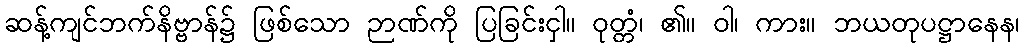
ဆန့်ကျင်ဘက်နိဗ္ဗာန်၌ ဖြစ်သော ဉာဏ်ကို ပြခြင်းငှါ။ ဝုတ္တံ၊ ၏။ ဝါ၊ ကား။ ဘယတုပဋ္ဌာနေန၊